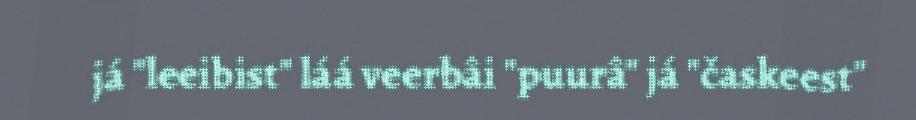
já "leeibist" láá veerbâi "puurâ" já "časkeest"